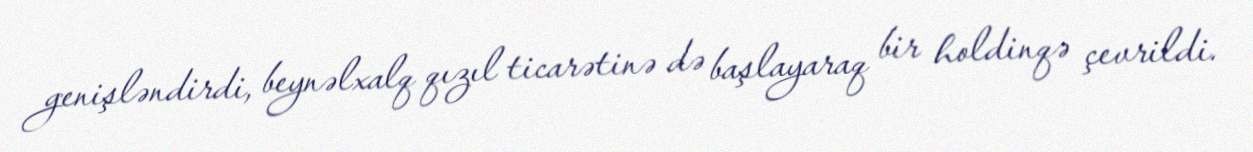
genişləndirdi, beynəlxalq qızıl ticarətinə də başlayaraq bir holdinqə çevrildi.